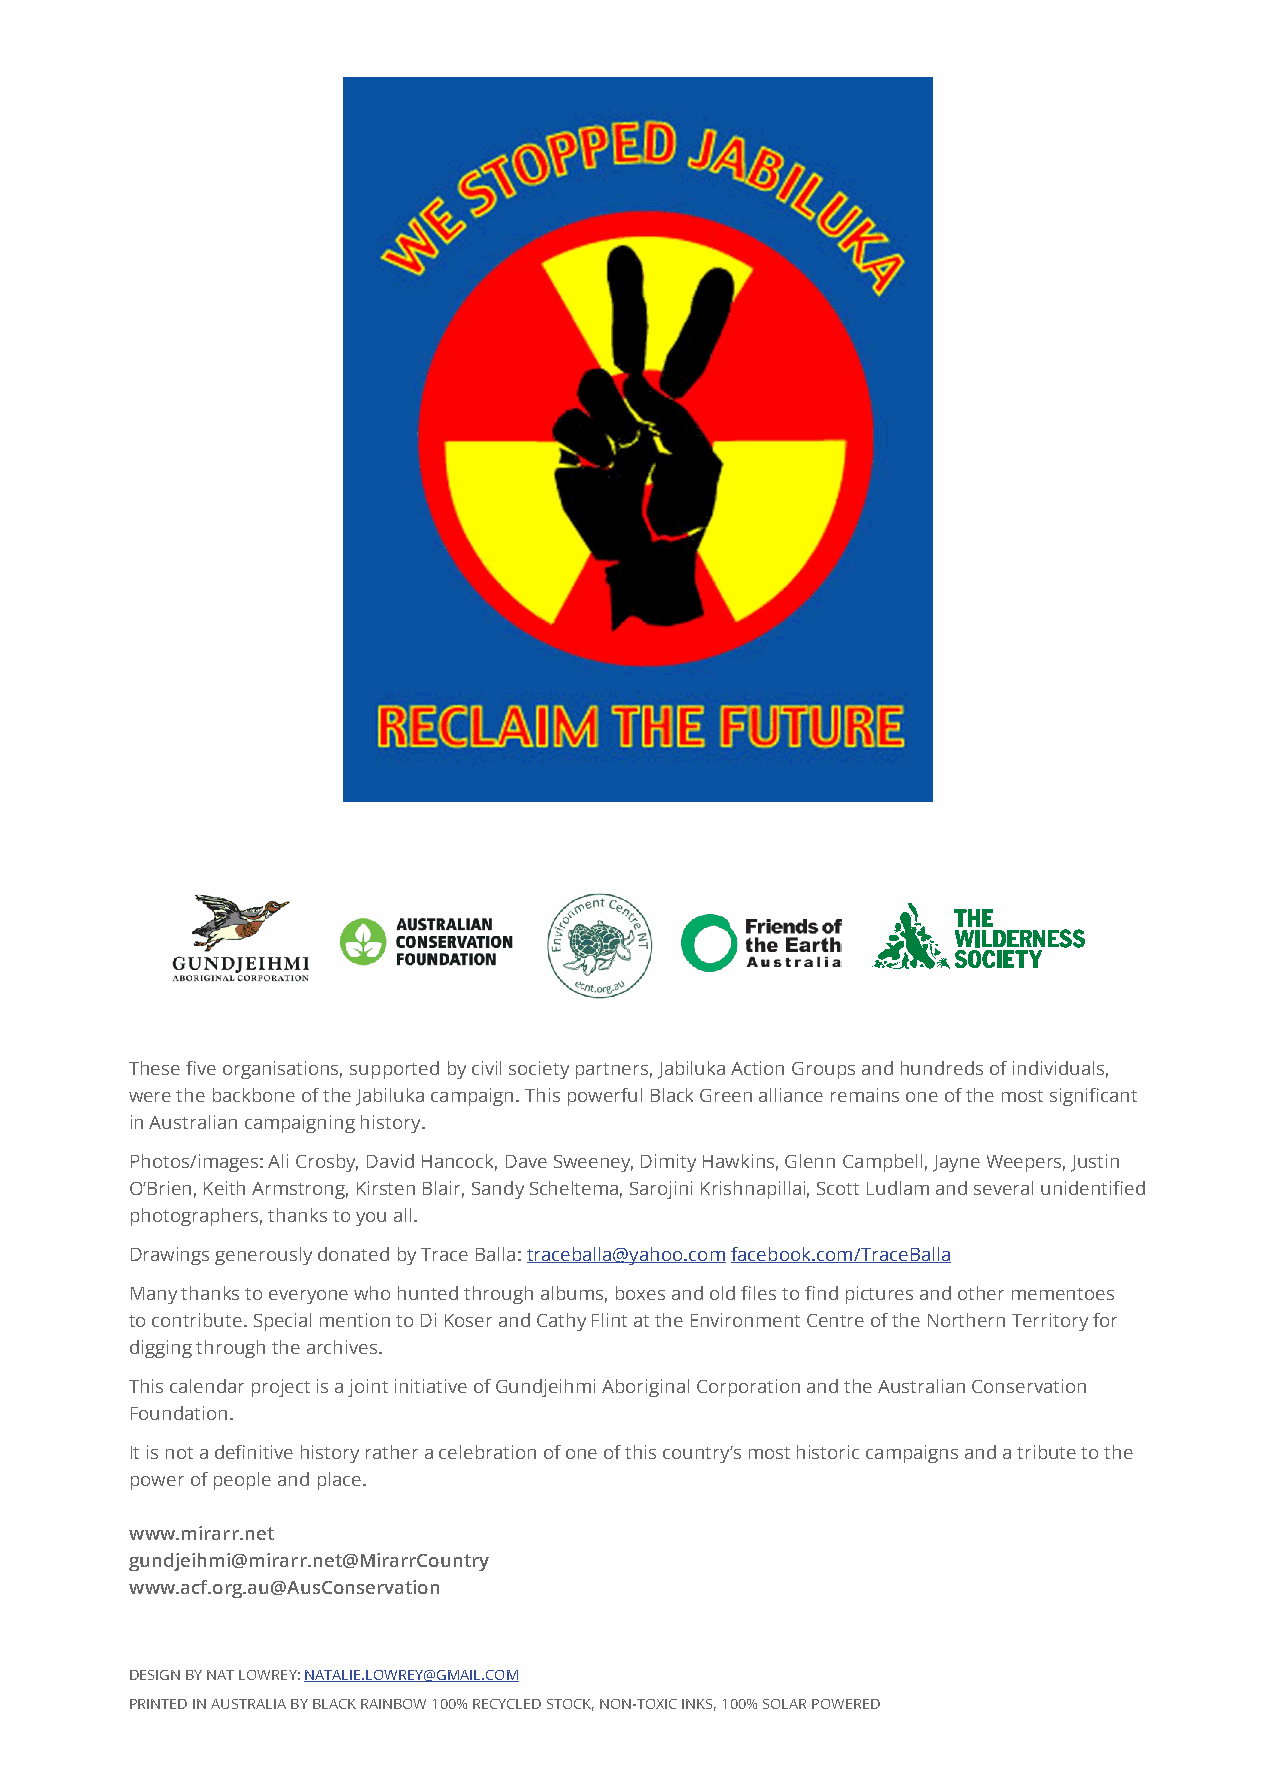
These five organisations, supported by civil society partners, Jabiluka Action Groups and hundreds of individuals,
 were the backbone of the Jabiluka campaign. This powerful Black Green alliance remains one of the most significant
 in Australian campaigning history.
 Photos/images: Ali Crosby, David Hancock, Dave Sweeney, Dimity Hawkins, Glenn Campbell, Jayne Weepers, Justin
 O’Brien, Keith Armstrong, Kirsten Blair, Sandy Scheltema, Sarojini Krishnapillai, Scott Ludlam and several unidentified
 photographers, thanks to you all.
 Drawings generously donated by Trace Balla: traceballa@yahoo.com facebook.com/TraceBalla
 Many thanks to everyone who hunted through albums, boxes and old files to find pictures and other mementoes
 to contribute. Special mention to Di Koser and Cathy Flint at the Environment Centre of the Northern Territory for
 digging through the archives.
 This calendar project is a joint initiative of Gundjeihmi Aboriginal Corporation and the Australian Conservation
 Foundation.
 It is not a definitive history rather a celebration of one of this country’s most historic campaigns and a tribute to the
 power of people and place.
 www.mirarr.net
 gundjeihmi@mirarr.net@MirarrCountry
 www.acf.org.au@AusConservation
 DESIGN BY NAT LOWREY: NATALIE.LOWREY@GMAIL.COM
 PRINTED IN AUSTRALIA BY BLACK RAINBOW 100% RECYCLED STOCK, NON-TOXIC INKS, 100% SOLAR POWERED